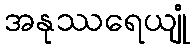
အနုဿရေယျုံ